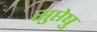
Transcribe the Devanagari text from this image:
सुप्तेषु